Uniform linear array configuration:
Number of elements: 64
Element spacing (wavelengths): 0.25
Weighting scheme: binomial
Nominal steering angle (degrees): -60
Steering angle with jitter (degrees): -59.798
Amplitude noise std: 0.05
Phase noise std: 0.05

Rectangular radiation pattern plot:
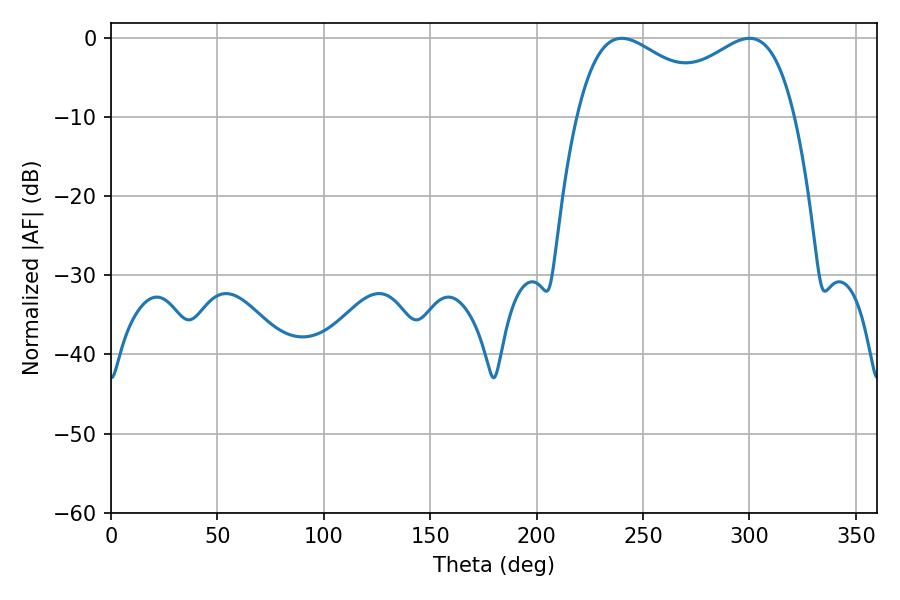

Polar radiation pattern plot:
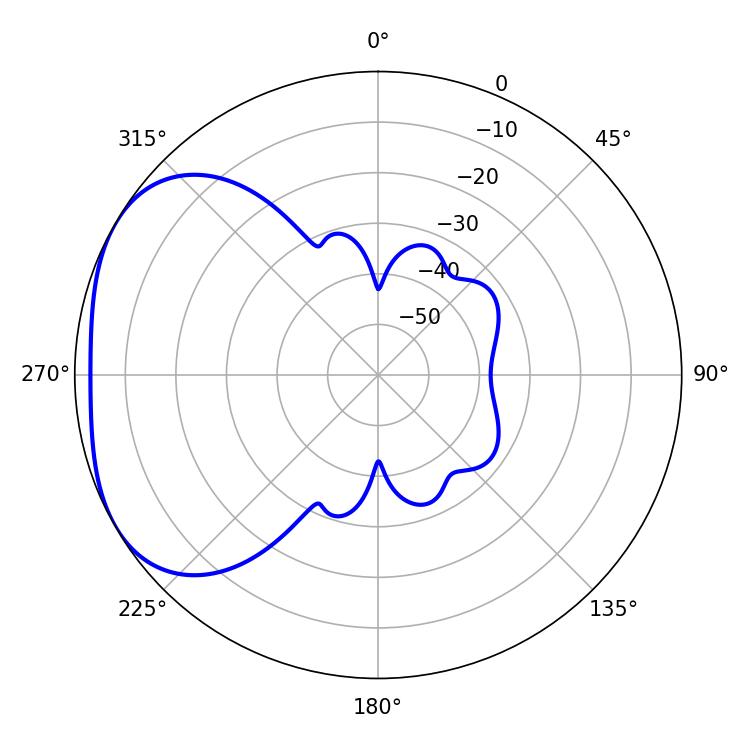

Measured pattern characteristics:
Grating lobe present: FALSE
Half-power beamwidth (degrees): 39.06
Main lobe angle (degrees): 239.94